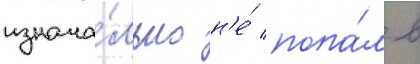
изнача́льно н'е́ попа́л в